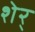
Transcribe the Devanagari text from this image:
शेर्